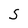
Character: T